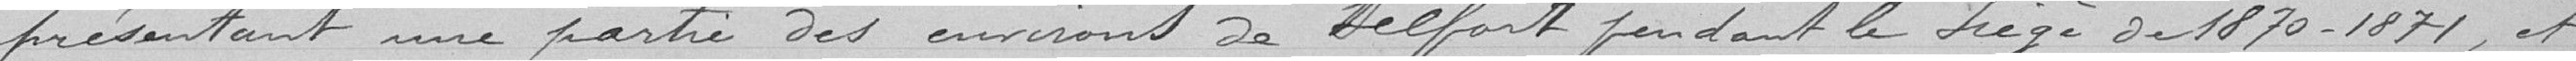
présentant une partie des environs de Belfort pendant le siège de 1870-1871, et